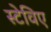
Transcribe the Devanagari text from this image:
स्टेविए